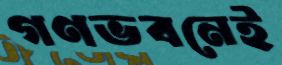
গণভবনেই